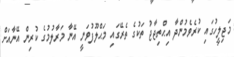
މަޖިލީހުގައި ކުރެވެމުންދާ އިޙްތިޖާޖު ތަކުގެ ތެރޭގައި މަޙްލޫފުވަނީ އޭނާ މަރާލުމުގެ ކުރިން އޭނާއަށް